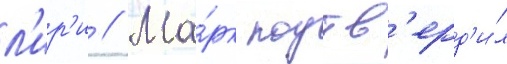
л'ир'и // Ма́рк подтв'ерд'и́л